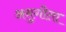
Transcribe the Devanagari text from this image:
अनुगीता